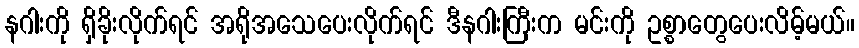
နဂါးကို ရှိခိုးလိုက်ရင် အရိုအသေပေးလိုက်ရင် ဒီနဂါးကြီးက မင်းကို ဥစ္စာတွေပေးလိမ့်မယ်။